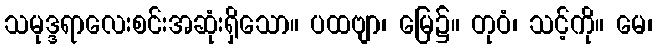
သမုဒ္ဒရာလေးစင်းအဆုံးရှိသော။ ပထဗျာ၊ မြေ၌။ တုဝံ၊ သင့်ကို။ မေ၊